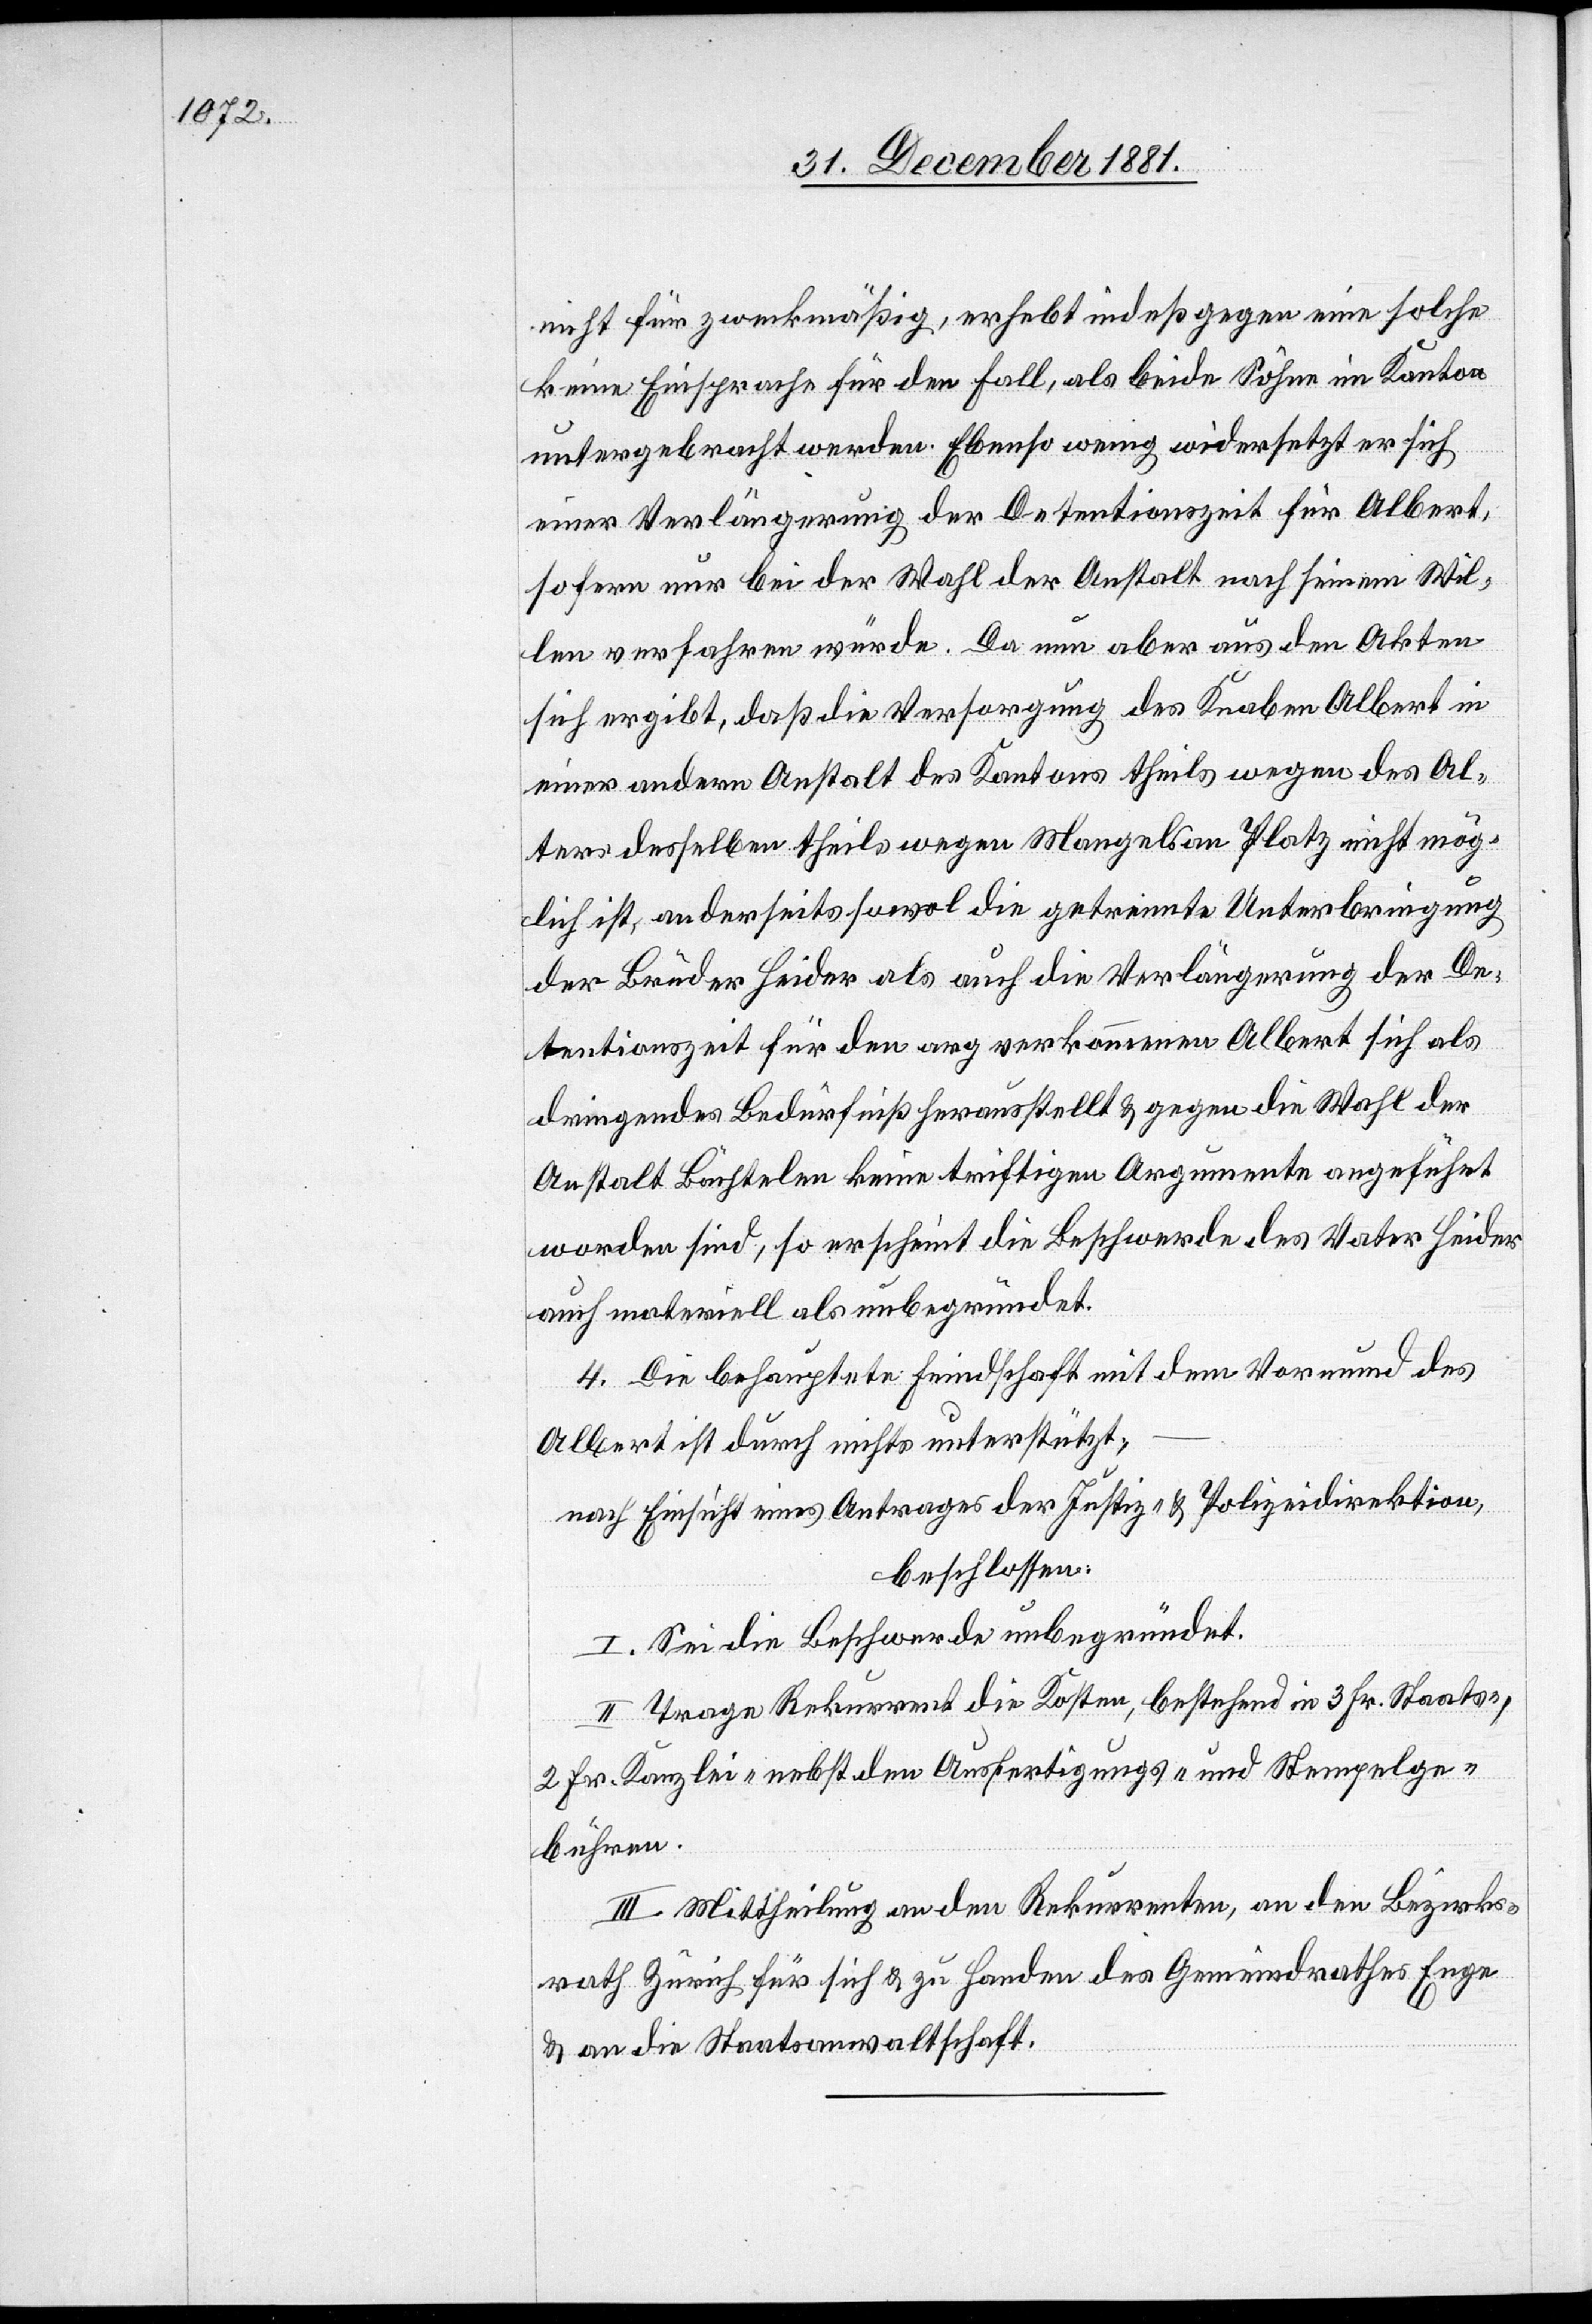
nicht für zweckmäßig, erhebt indeß gegen eine solche
keine Einsprache für den Fall, als beide Söhne im Kanton
untergebracht werden. Ebenso wenig widersetzt er sich
einer Verlängerung der Detentionszeit für Albert,
sofern nur bei der Wahl der Anstalt nach seinem Wil¬
len verfahren würde. Da nun aber aus den Akten
sich ergibt, daß die Versorgung des Knaben Albert in
einer andern Anstalt des Kantons theils wegen des Al¬
ters desselben theils wegen Mangels an Platz nicht mög¬
lich ist, anderseits sowol die getrennte Unterbringung
der Brüder Heider als auch die Verlängerung der De¬
tentionszeit für den arg verkommenen Albert sich als
dringendes Bedürfnis herausstellte & gegen die Wahl der
Anstalt Bächtelen keine triftigen Argumente angeführt
worden sind, so erscheint die Beschwerde des Vater Heider
auch materiell als unbegründet.
4 Die behauptete Feindschaft mit dem Vormund des
Albert ist durch nichts unterstützt;
nach Einsicht eines Antrages der Justiz- & Polizeidirektion,
beschlossen:
I. Sei die Beschwerde unbegründet.
II. Trage Rekurrent die Kosten, bestehend in 3 Fr. Staats-,
2 Fr. Kanzlei- nebst den Ausfertigungs- und Stempelge¬
bühren.
III. Mittheilung an den Rekurrenten, an den Bezirks¬
rath Zürich für sich & zu Handen des Gemeindrathes Enge
& an die Staatsanwaltschaft.